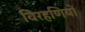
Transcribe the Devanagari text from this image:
विरहणियों